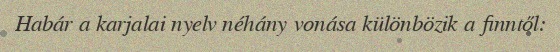
Habár a karjalai nyelv néhány vonása különbözik a finntől: